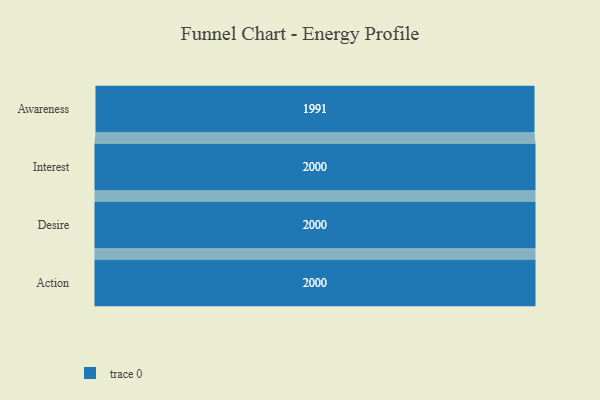
{"axis": {"x": "Stage", "y": "Value"}, "legend": [""], "data": [{"x": "Awareness", "y": 1991.0, "type": ""}, {"x": "Interest", "y": 2000, "type": ""}, {"x": "Desire", "y": 2000, "type": ""}, {"x": "Action", "y": 2000, "type": ""}]}